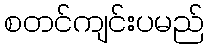
စတင်ကျင်းပမည်